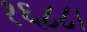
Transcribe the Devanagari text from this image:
१६८८।